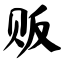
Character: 贩